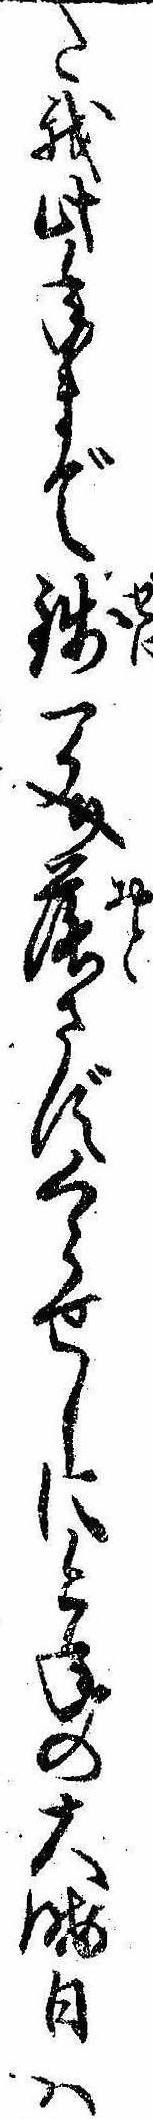
た我此年まで銭一文落さずくらせしに今年の大晦日は